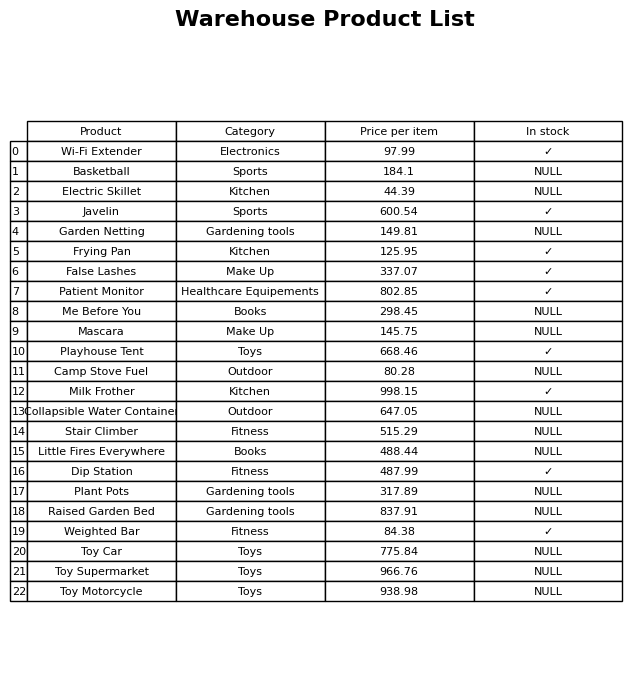
question: What is the price for Electric Skillet?
answer: The price of Electric Skillet is 44.39.